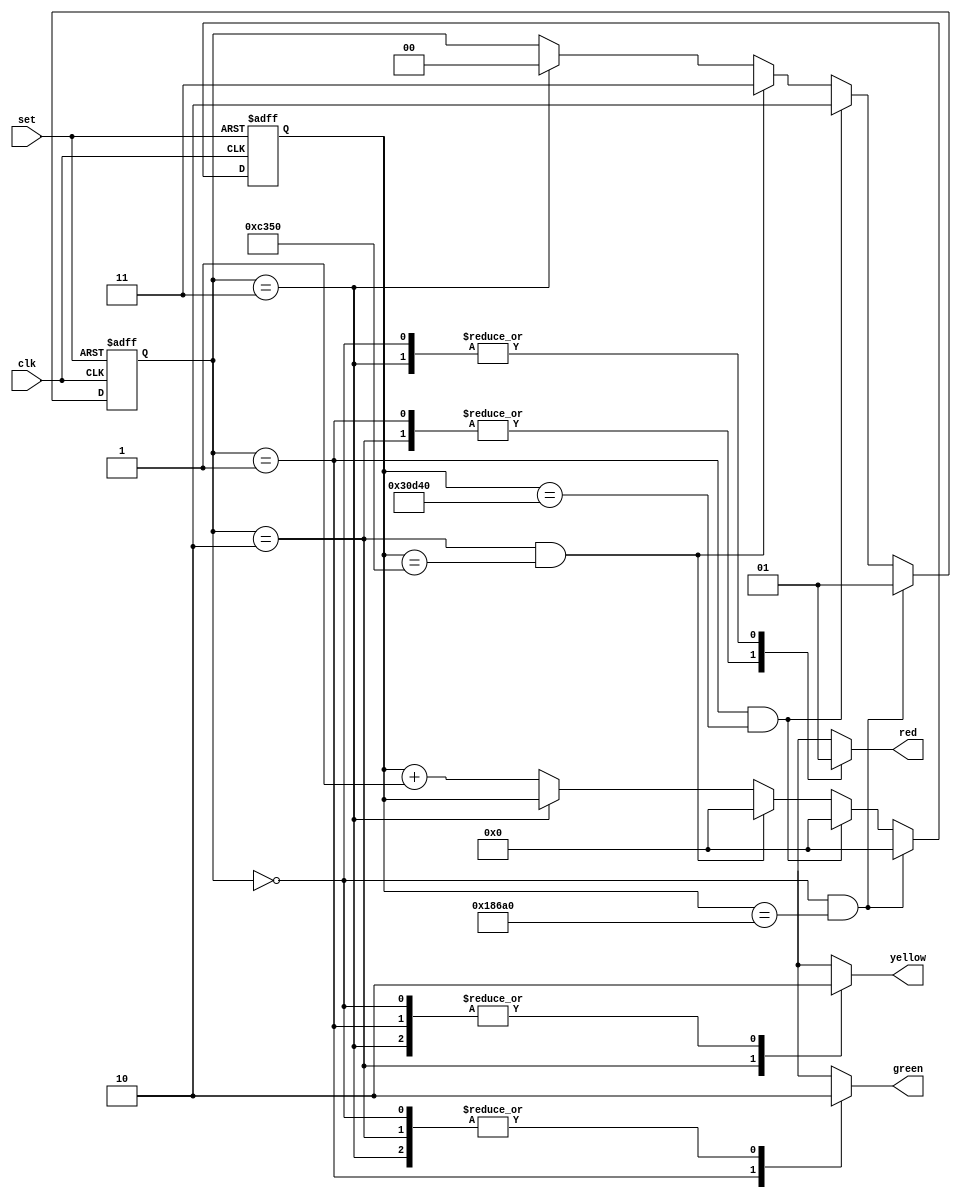
module traffic_light_controller (
  input clk, input set,
  output reg red,
  output reg yellow,
  output reg green
);
  
  // State register to store the current state of the controller
  reg [1:0] state;
  reg [31:0] counter;
  
  // Next-state logic for each state
  always @ (posedge clk or posedge set) begin
    if(set) begin
     counter<=32'b0;
     state<=2'b00;
    end
    else if(state==2'b00 && counter==32'd100000) begin
        counter<=32'b0;
        state <= 2'b01;
      end
    else if(state==2'b01 && counter==32'd200000) begin
        counter<=32'b0;
        state <= 2'b10;
      end
    else if(state==2'b10 && counter==32'd50000) begin
        counter<=32'b0;
        state <= 2'b11;
      end
    else if(state==2'b11)
     state<=2'b00;
    else begin
    counter<=counter+1;
    end
  end

  
  // Output logic for each state
  always @ (state) begin
    case (state)
      2'b00: begin
        red <= 1;
        yellow <= 0;
        green <= 0;
      end
      2'b01: begin
        red <= 0;
        yellow <= 0;
        green <= 1;
      end
      2'b10: begin
        red <= 0;
        yellow <= 1;
        green <= 0;
      end
      2'b11: begin
        red <= 1;
        yellow <= 0;
        green <= 0;
      end
    endcase
  end
  
endmodule